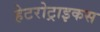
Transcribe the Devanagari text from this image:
हेटरोट्राइकस